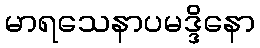
မာရသေနာပမဒ္ဒိနော